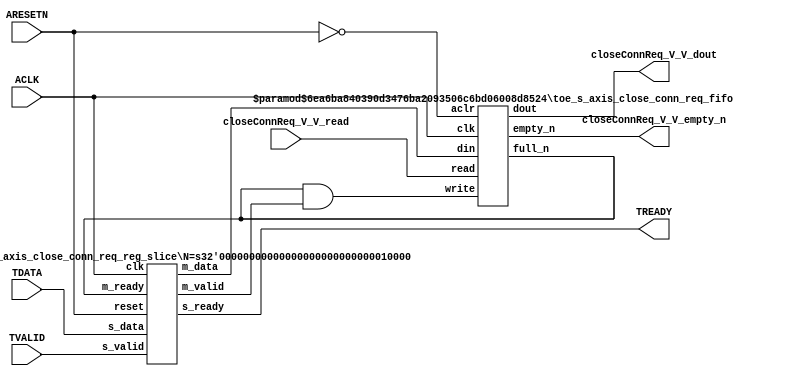
// ==============================================================
// File generated by Vivado(TM) HLS - High-Level Synthesis from C, C++ and SystemC
// Version: 2015.1
// Copyright (C) 2015 Xilinx Inc. All rights reserved.
// 
// ==============================================================


`timescale 1ns/1ps

module toe_s_axis_close_conn_req_if (
    // AXI4-Stream singals
    input  wire        ACLK,
    input  wire        ARESETN,
    input  wire        TVALID,
    output wire        TREADY,
    input  wire [15:0] TDATA,
    // User signals
    output wire [15:0] closeConnReq_V_V_dout,
    output wire        closeConnReq_V_V_empty_n,
    input  wire        closeConnReq_V_V_read
);
//------------------------Local signal-------------------
// FIFO
wire [0:0]  fifo_write;
wire [0:0]  fifo_full_n;
wire [15:0] closeConnReq_V_V_din;
wire [0:0]  closeConnReq_V_V_full_n;
// register slice
wire [0:0]  s_valid;
wire [0:0]  s_ready;
wire [15:0] s_data;
wire [0:0]  m_valid;
wire [0:0]  m_ready;
wire [15:0] m_data;

//------------------------Instantiation------------------
// rs
toe_s_axis_close_conn_req_reg_slice #(
    .N       ( 16 )
) rs (
    .clk     ( ACLK ),
    .reset   ( ARESETN ),
    .s_data  ( s_data ),
    .s_valid ( s_valid ),
    .s_ready ( s_ready ),
    .m_data  ( m_data ),
    .m_valid ( m_valid ),
    .m_ready ( m_ready )
);

// closeConnReq_V_V_fifo
toe_s_axis_close_conn_req_fifo #(
    .DATA_BITS  ( 16 ),
    .DEPTH_BITS ( 4 )
) closeConnReq_V_V_fifo (
    .clk        ( ACLK ),
    .aclr       ( ~ARESETN ),
    .empty_n    ( closeConnReq_V_V_empty_n ),
    .full_n     ( closeConnReq_V_V_full_n ),
    .read       ( closeConnReq_V_V_read ),
    .write      ( fifo_write ),
    .dout       ( closeConnReq_V_V_dout ),
    .din        ( closeConnReq_V_V_din )
);

//------------------------Body---------------------------
//++++++++++++++++++++++++AXI4-Stream++++++++++++++++++++
assign TREADY = s_ready;

//+++++++++++++++++++++++++++++++++++++++++++++++++++++++

//++++++++++++++++++++++++Reigister Slice++++++++++++++++
assign s_valid = TVALID;
assign m_ready = fifo_full_n;
assign s_data  = {TDATA[15:0]};

//+++++++++++++++++++++++++++++++++++++++++++++++++++++++

//++++++++++++++++++++++++FIFO+++++++++++++++++++++++++++
assign fifo_write           = fifo_full_n & m_valid;
assign closeConnReq_V_V_din = m_data[15:0];
assign fifo_full_n          = closeConnReq_V_V_full_n;

//+++++++++++++++++++++++++++++++++++++++++++++++++++++++

endmodule



`timescale 1ns/1ps

module toe_s_axis_close_conn_req_fifo
#(parameter
    DATA_BITS  = 8,
    DEPTH_BITS = 4
)(
    input  wire                 clk,
    input  wire                 aclr,
    output wire                 empty_n,
    output wire                 full_n,
    input  wire                 read,
    input  wire                 write,
    output wire [DATA_BITS-1:0] dout,
    input  wire [DATA_BITS-1:0] din
);
//------------------------Parameter----------------------
localparam
    DEPTH = 1 << DEPTH_BITS;
//------------------------Local signal-------------------
reg                   empty;
reg                   full;
reg  [DEPTH_BITS-1:0] index;
reg  [DATA_BITS-1:0]  mem[0:DEPTH-1];
//------------------------Body---------------------------
assign empty_n = ~empty;
assign full_n  = ~full;
assign dout    = mem[index];

// empty
always @(posedge clk or posedge aclr) begin
    if (aclr)
        empty <= 1'b1;
    else if (empty & write & ~read)
        empty <= 1'b0;
    else if (~empty & ~write & read & (index==1'b0))
        empty <= 1'b1;
end

// full
always @(posedge clk or posedge aclr) begin
    if (aclr)
        full <= 1'b0;
    else if (full & read & ~write)
        full <= 1'b0;
    else if (~full & ~read & write & (index==DEPTH-2'd2))
        full <= 1'b1;
end

// index
always @(posedge clk or posedge aclr) begin
    if (aclr)
        index <= {DEPTH_BITS{1'b1}};
    else if (~empty & ~write & read)
        index <= index - 1'b1;
    else if (~full & ~read & write)
        index <= index + 1'b1;
end

// mem
always @(posedge clk) begin
    if (~full & write) mem[0] <= din;
end

genvar i;
generate
    for (i = 1; i < DEPTH; i = i + 1) begin : gen_sr
        always @(posedge clk) begin
            if (~full & write) mem[i] <= mem[i-1];
        end
    end
endgenerate

endmodule

`timescale 1ns/1ps

module toe_s_axis_close_conn_req_reg_slice
#(parameter
    N = 8   // data width
) (
    // system signals
    input  wire         clk,
    input  wire         reset,
    // slave side
    input  wire [N-1:0] s_data,
    input  wire         s_valid,
    output wire         s_ready,
    // master side
    output wire [N-1:0] m_data,
    output wire         m_valid,
    input  wire         m_ready
);
//------------------------Parameter----------------------
// state
localparam [1:0]
    ZERO = 2'b10,
    ONE  = 2'b11,
    TWO  = 2'b01;
//------------------------Local signal-------------------
reg  [N-1:0] data_p1;
reg  [N-1:0] data_p2;
wire         load_p1;
wire         load_p2;
wire         load_p1_from_p2;
reg          s_ready_t;
reg  [1:0]   state;
reg  [1:0]   next;
//------------------------Body---------------------------
assign s_ready = s_ready_t;
assign m_data  = data_p1;
assign m_valid = state[0];

assign load_p1 = (state == ZERO && s_valid) ||
                 (state == ONE && s_valid && m_ready) ||
                 (state == TWO && m_ready);
assign load_p2 = s_valid & s_ready;
assign load_p1_from_p2 = (state == TWO);

// data_p1
always @(posedge clk) begin
    if (load_p1) begin
        if (load_p1_from_p2)
            data_p1 <= data_p2;
        else
            data_p1 <= s_data;
    end
end

// data_p2
always @(posedge clk) begin
    if (load_p2) data_p2 <= s_data;
end

// s_ready_t
always @(posedge clk) begin
    if (~reset)
        s_ready_t <= 1'b0;
    else if (state == ZERO)
        s_ready_t <= 1'b1;
    else if (state == ONE && next == TWO)
        s_ready_t <= 1'b0;
    else if (state == TWO && next == ONE)
        s_ready_t <= 1'b1;
end

// state
always @(posedge clk) begin
    if (~reset)
        state <= ZERO;
    else
        state <= next;
end

// next
always @(*) begin
    case (state)
        ZERO:
            if (s_valid & s_ready)
                next = ONE;
            else
                next = ZERO;
        ONE:
            if (~s_valid & m_ready)
                next = ZERO;
            else if (s_valid & ~m_ready)
                next = TWO;
            else
                next = ONE;
        TWO:
            if (m_ready)
                next = ONE;
            else
                next = TWO;
        default:
            next = ZERO;
    endcase
end

endmodule